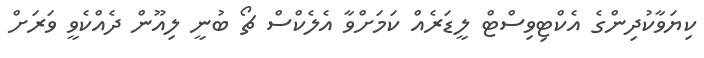
ކިޔަވާކުދިންގެ އެކްޓިވިސްޓް ލީޑަރެއް ކަމަށްވާ އެލެކްސް ޗޯ ބުނީ ލިއޫން ދެއްކެވީ ވަރަށް